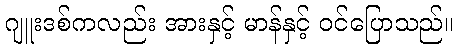
ဂျူးဒစ်ကလည်း အားနှင့် မာန်နှင့် ဝင်ပြောသည်။